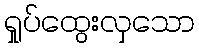
ရှုပ်ထွေးလှသော